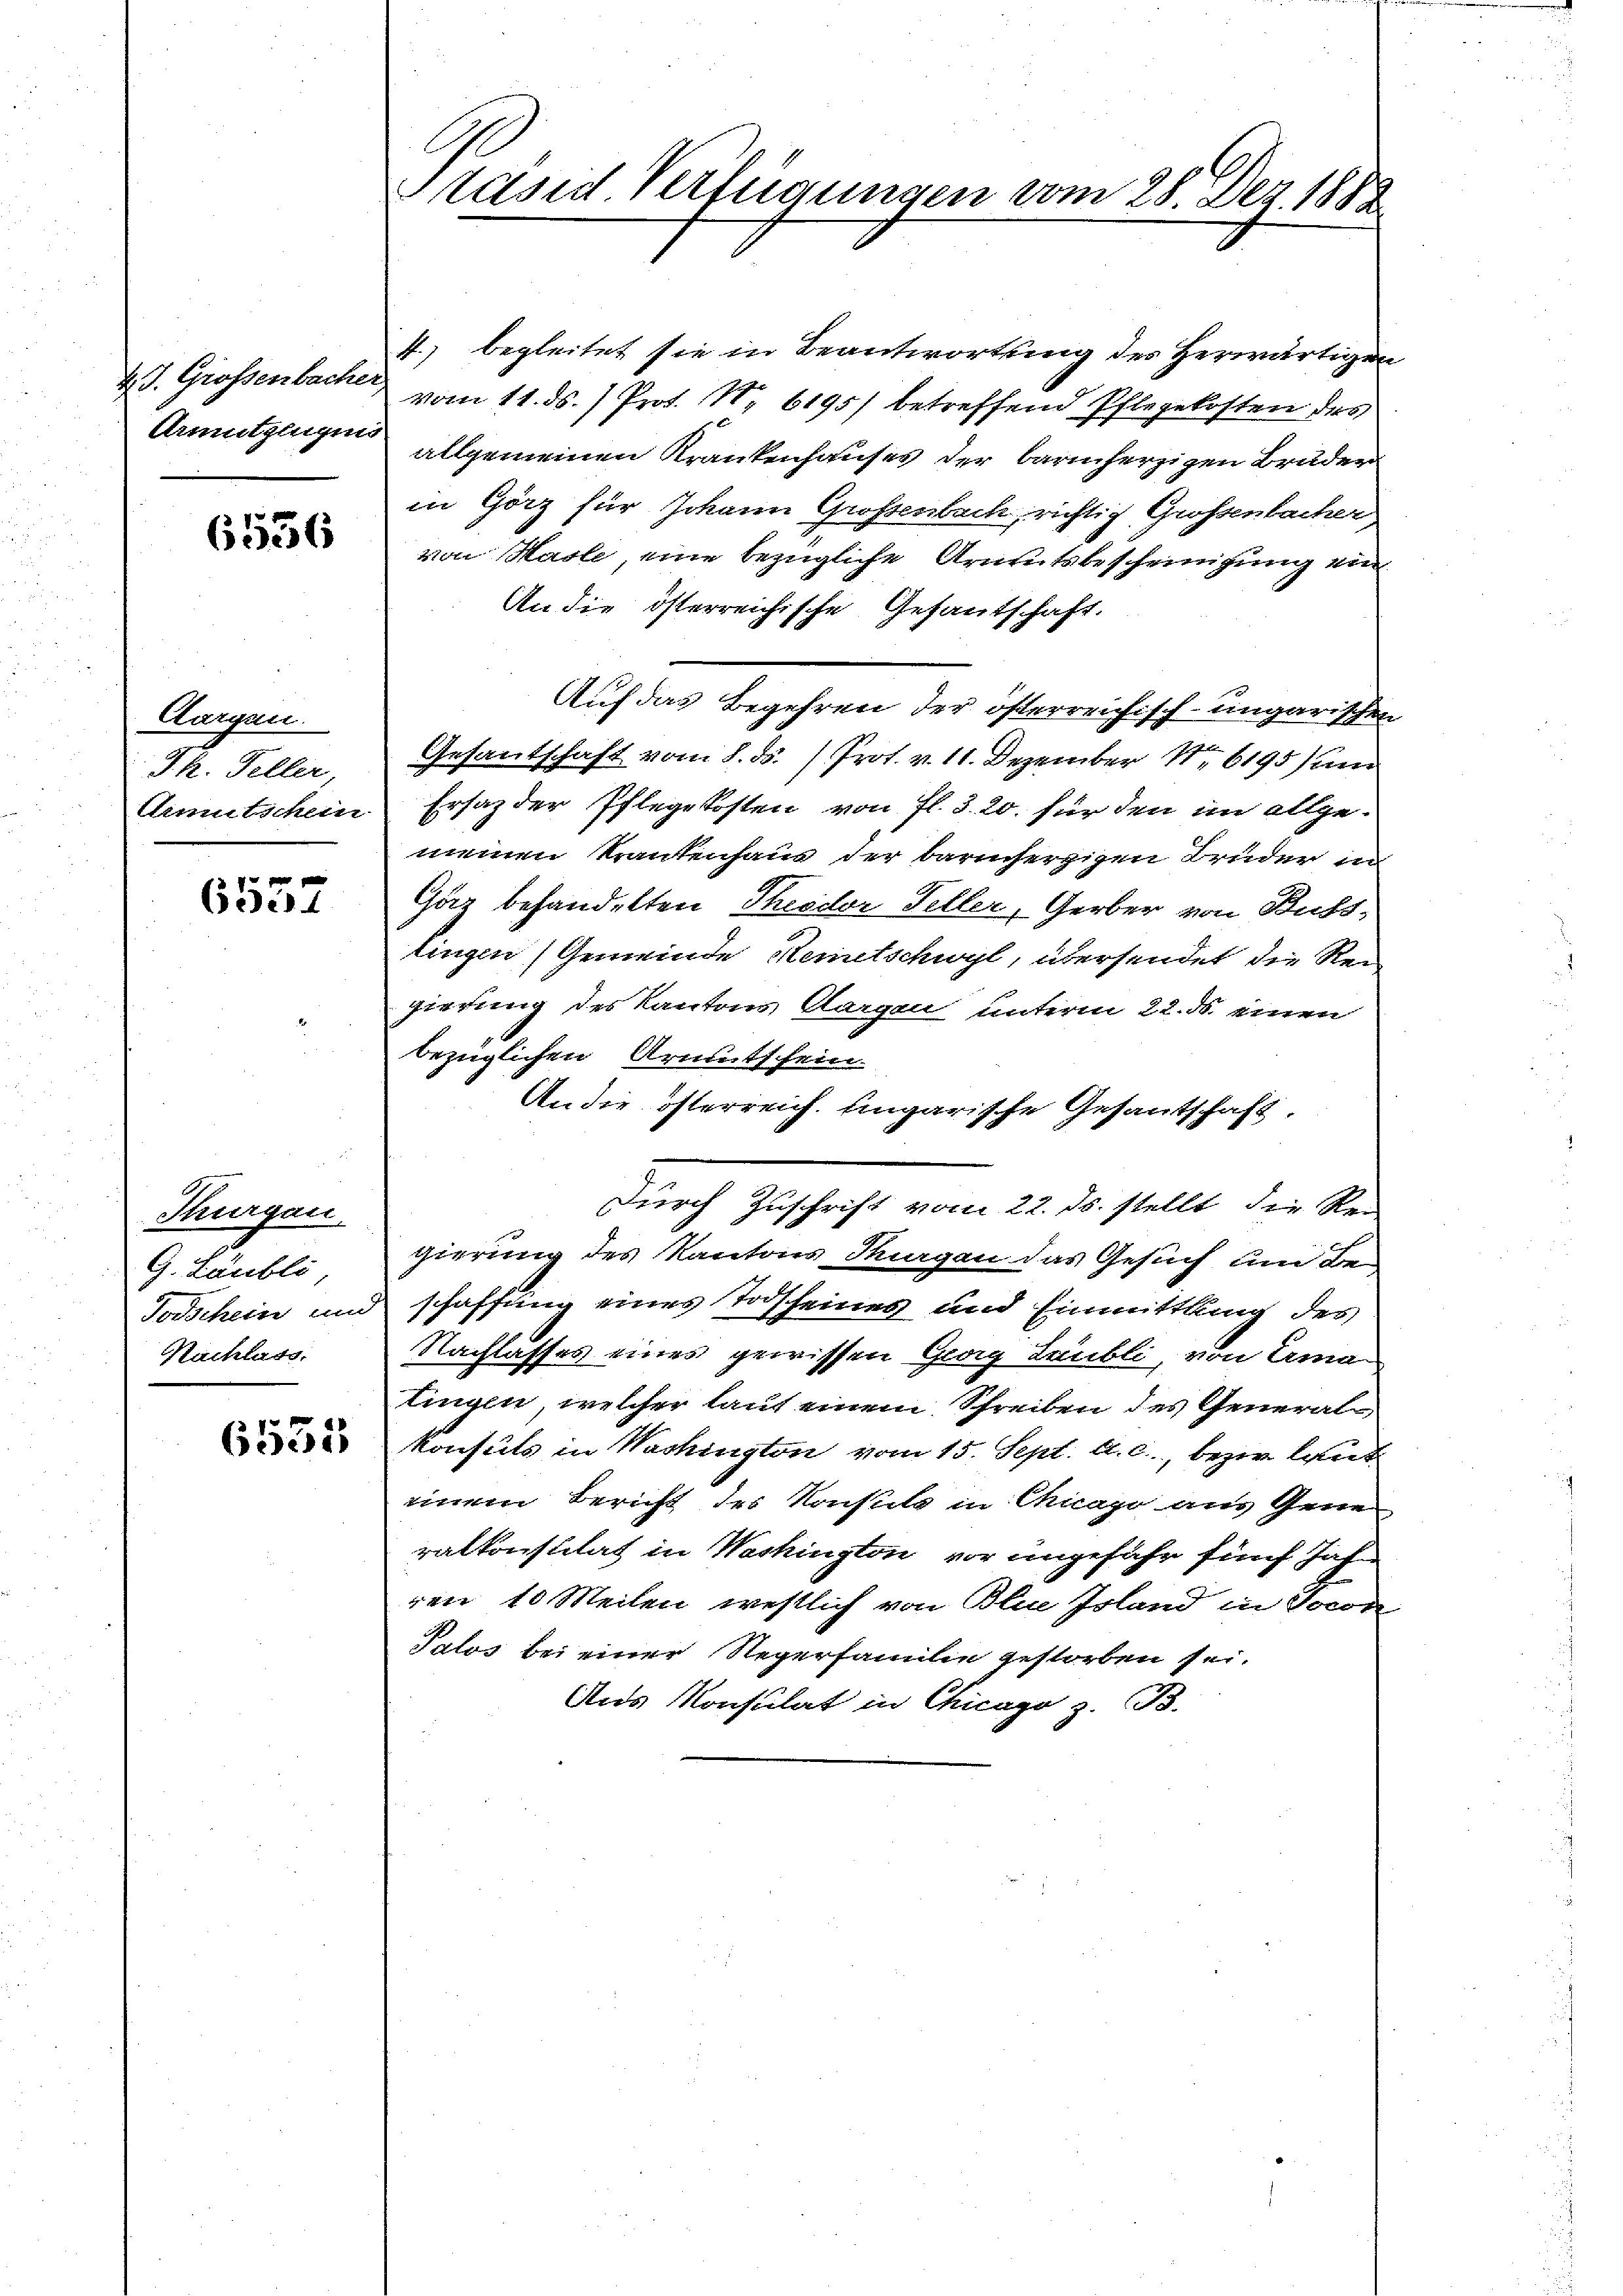
4 J. Grossenbacher,
Armntglegens

6556

Aargau.
Pk. Peller
Ainmtschein

6557

Thurgau.
G. Läubli
Todschein und
Nachlass.

6553

b.
Edsid. Verfügungen vom 28. Dez. 1888

4.) begleitet sie in Beantwortung des Herwärtigen
vom 11. ds. Prof. Nr. 6195) betreffend Pflegekosten des
allgemeinen Krankenhauses der barmherzigen Bruder
in Görz für Johann Großenback, richtig Grossenbacher,
von Hasle, eine bezügliche Armutsbescheinigung ein
An die österreichische Gesandschaft.
Auf das Begehren der österreichisch-ungarischen
Gesantschaft vom 8. ds. Prot. v. 11. Dezember 11. 6195 sum
Ersag der Pflegekosten von fl. 3. 20. für den im allge-
meinen Krankenhaus der barmherzigen Brüder in
Gäz behandelten Theodor Seller, Gerber von Buss-
lingen Gemeinde Reinetschwyl, übersendet die Rei
gierung der Kantons Aargen unterm 22. ds. einen
bezüglichen Armutschein.
An die österreich. Eingarische Gesantschaft.
durch Zuschrift vom 22. ds. stellt die Rei
gierung des Kantons Tagen das Gesuch um Be-
schaffung eines Todscheines und Einmittlung des
Nachlasses eines gewissen Glag Läubli, von Ama-
Lingen, welcher lauf einem Schreiben des Generals
Konsuls in Washington vom 15. Sept. A. c., bezir laut
einem Bericht des Konsuls in Chicago aus Gene
ralkonsulat in Washington vor ungefähr fünf Jah
ien 10 Meilen westlich von Ili Joland in Socor
dolos bei einer Regerfamilie gestorben sei.
Ans Konsulat in Chicago z. B.